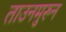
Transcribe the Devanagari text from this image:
ताउनमुरुन